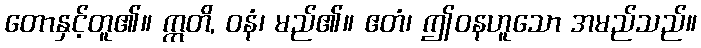
တောနှင့်တူ၏။ ဣတိ, ဝနံ၊ မည်၏။ ဧတံ၊ ဤဝနဟူသော အမည်သည်။